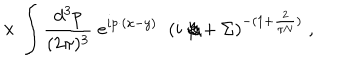
LaTeX: \times \, \int \frac { d ^ { 3 } p } { ( 2 \pi ) ^ { 3 } } \; e ^ { i p \cdot ( x - y ) } \; \; ( i \not \! p + \Sigma ) ^ { - ( 1 + \frac { 2 } { \pi N } ) } \; ,